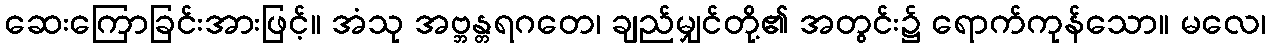
ဆေးကြောခြင်းအားဖြင့်။ အံသု အဗ္ဘန္တရဂတေ၊ ချည်မျှင်တို့၏ အတွင်း၌ ရောက်ကုန်သော။ မလေ၊